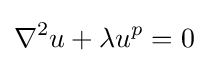
\nabla ^{2}u+\lambda u^{p}=0